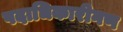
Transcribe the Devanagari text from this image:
पदाधिकारीगण